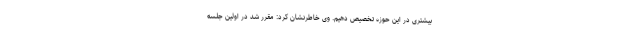
بیشتری در این حوزه تخصیص دهیم. وی خاطرنشان کرد: مقرر شد در اولین جلسه